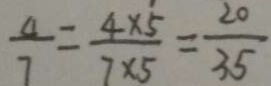
\frac { 4 } { 7 } = \frac { 4 \times 5 } { 7 \times 5 } = \frac { 2 0 } { 3 5 }